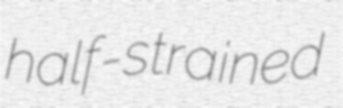
half-strained